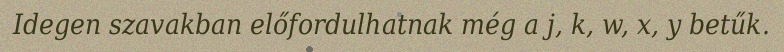
Idegen szavakban előfordulhatnak még a j, k, w, x, y betűk.